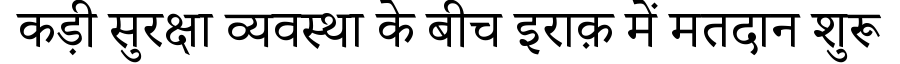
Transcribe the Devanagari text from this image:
कड़ी सुरक्षा व्यवस्था के बीच इराक़ में मतदान शुरू